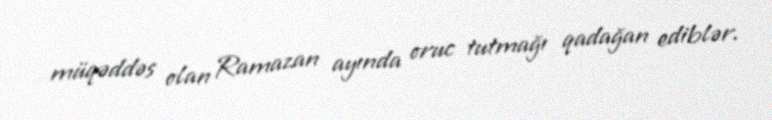
müqəddəs olan Ramazan ayında oruc tutmağı qadağan ediblər.